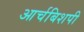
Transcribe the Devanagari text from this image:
आर्चबिशपी